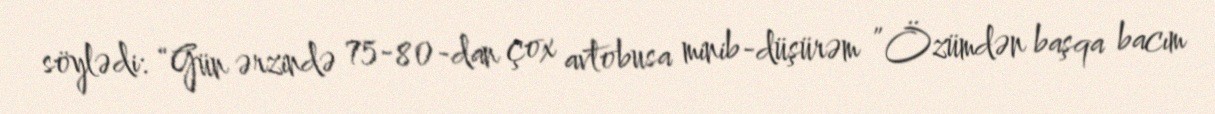
söylədi: “Gün ərzində 75-80-dan çox avtobusa minib-düşürəm ”Özümdən başqa bacım